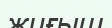
жиғыш